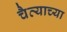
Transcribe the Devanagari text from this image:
चैत्याच्या